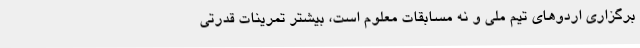
برگزاری اردوهای تیم ملی و نه مسابقات معلوم است، بیشتر تمرینات قدرتی